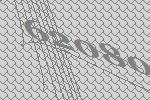
62080